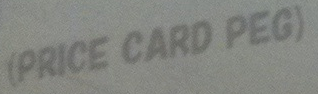
(PRICE CARD PEG)